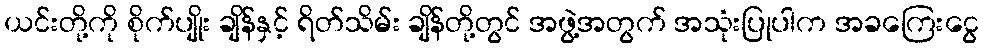
ယင်းတို့ကို စိုက်ပျိုး ချိန်နှင့် ရိတ်သိမ်း ချိန်တို့တွင် အဖွဲ့အတွက် အသုံးပြုပါက အခကြေးငွေ